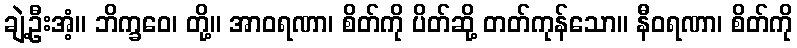
ချဲ့ဦးအံ့။ ဘိက္ခဝေ၊ တို့။ အာဝရဏာ၊ စိတ်ကို ပိတ်ဆို့ တတ်ကုန်သော။ နီဝရဏာ၊ စိတ်ကို